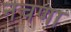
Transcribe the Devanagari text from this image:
नचणा